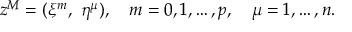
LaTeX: z ^ { M } = ( \xi ^ { m } , ~ \eta ^ { \mu } ) , \quad m = 0 , 1 , \dots , p , \quad \mu = 1 , \dots , n .